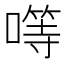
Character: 𠾡